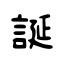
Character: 誕